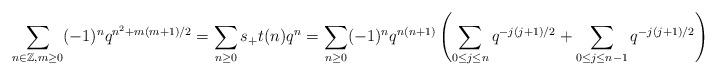
LaTeX: \begin{align*}\sum_{n\in\mathbb{Z}, m\ge0}(-1)^nq^{n^2+m(m+1)/2}=\sum_{n\ge0}s_{+}t(n)q^n=\sum_{n\ge0}(-1)^nq^{n(n+1)}\left(\sum_{0\le j\le n}q^{-j(j+1)/2}+\sum_{0\le j\le n-1}q^{-j(j+1)/2}\right).\end{align*}